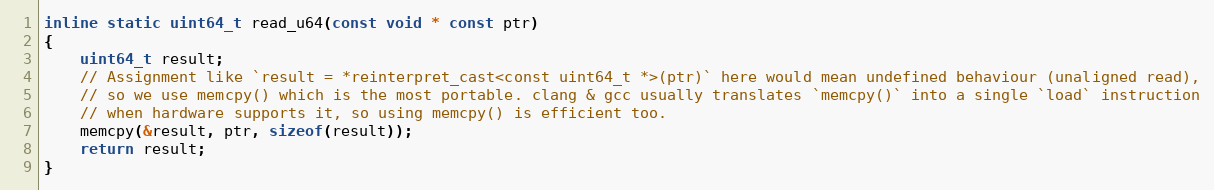
Language: C
inline static uint64_t read_u64(const void * const ptr)
{
    uint64_t result;
    // Assignment like `result = *reinterpret_cast<const uint64_t *>(ptr)` here would mean undefined behaviour (unaligned read),
    // so we use memcpy() which is the most portable. clang & gcc usually translates `memcpy()` into a single `load` instruction
    // when hardware supports it, so using memcpy() is efficient too.
    memcpy(&result, ptr, sizeof(result));
    return result;
}